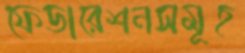
ফেডারেশনসমূহ